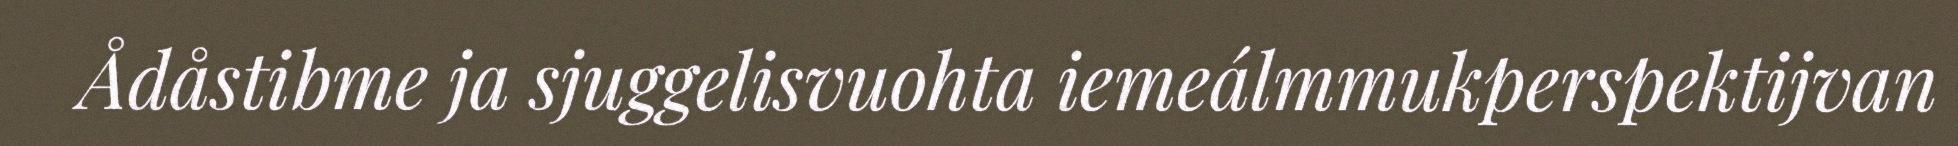
Ådåstibme ja sjuggelisvuohta iemeálmmukperspektijvan